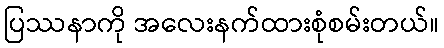
ပြဿနာကို အလေးနက်ထားစုံစမ်းတယ်။